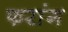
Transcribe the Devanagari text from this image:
फरांग